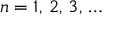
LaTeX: n = 1 , \, 2 , \, 3 , \, \ldots